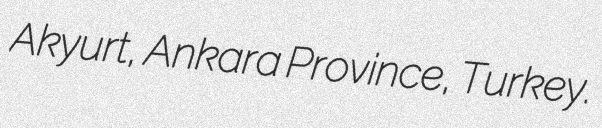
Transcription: Akyurt, Ankara Province, Turkey.